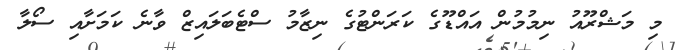
މި މަޝްރޫއު ނިމުމުން އައްޑޫގެ ކަރަންޓުގެ ނިޒާމު ސްޓެބަލައިޒް ވާނެ ކަމަށާއި ސޯލާ